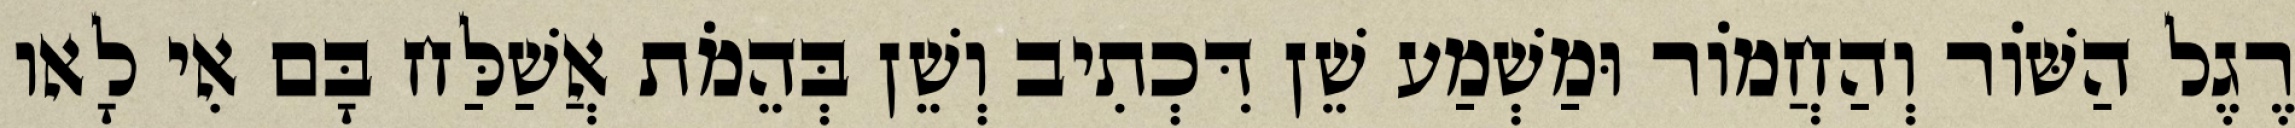
רֶגֶל הַשּׁוֹר וְהַחֲמוֹר וּמַשְׁמַע שֵׁן דִּכְתִיב וְשֵׁן בְּהֵמֹת אֲשַׁלַּח בָּם אִי לָאו